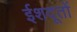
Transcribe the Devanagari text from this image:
ईशदूतों